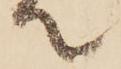
て